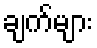
ချက်များ